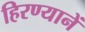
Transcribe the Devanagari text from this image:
हिरण्यानें